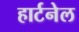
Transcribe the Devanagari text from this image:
हार्टनेल